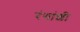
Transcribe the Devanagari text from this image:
रंगांशी